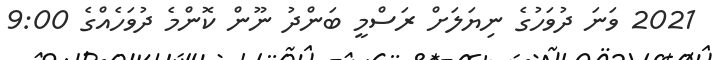
2021 ވަނަ ދުވަހުގެ ނިޔަލަށް ރަސްމީ ބަންދު ނޫން ކޮންމެ ދުވަހެއްގެ 9:00